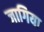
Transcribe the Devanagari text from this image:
जागिया